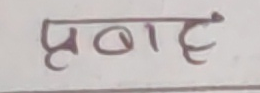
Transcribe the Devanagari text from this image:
प्रबाद